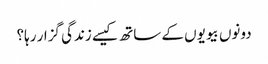
دونوں بیویوں کے ساتھ کیسے زندگی گزار رہا؟